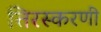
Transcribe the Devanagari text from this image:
तिरस्करणी